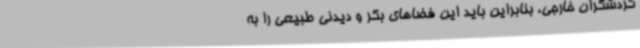
گردشگران خارجی، بنابراین باید این فضاهای بکر و دیدنی طبیعی را به